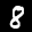
Label: 8